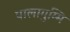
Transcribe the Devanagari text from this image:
पालागुम्मि